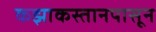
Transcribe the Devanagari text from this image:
कझाकस्तानपासून